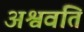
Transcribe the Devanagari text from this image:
अश्ववति